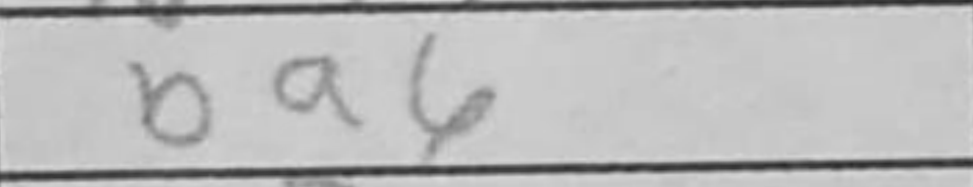
Transcription: Ba6